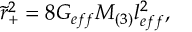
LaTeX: \tilde { r } _ { + } ^ { 2 } = 8 G _ { e f f } M _ { ( 3 ) } l _ { e f f } ^ { 2 } ,